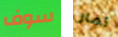
سوف ثمار